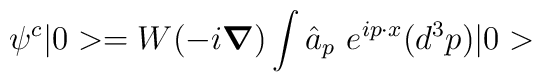
\psi^{c} |0> = W(-i \mbox{\boldmath $\nabla$} ) \int \hat{a}_{p} ~e^{i p \cdot x} (d^{3}p)|0>